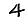
Digit: 4